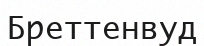
Бреттенвуд